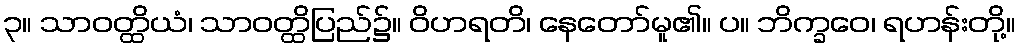
၃။ သာဝတ္ထိယံ၊ သာဝတ္ထိပြည်၌။ ဝိဟရတိ၊ နေတော်မူ၏။ ပ။ ဘိက္ခဝေ၊ ရဟန်းတို့။